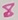
Text: 8